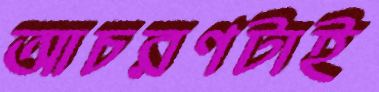
আচরণটাই